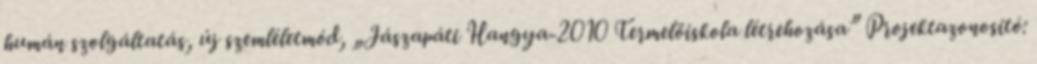
humán szolgáltatás, új szemléletmód, „Jászapáti Hangya-2010 Termelőiskola létrehozása” Projektazonosító: